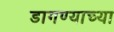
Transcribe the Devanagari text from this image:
डागण्याच्या